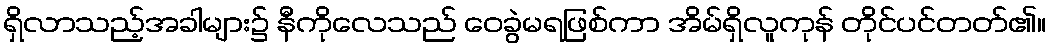
ရှိလာသည့်အခါများ၌ နီကိုလေသည် ဝေခွဲမရဖြစ်ကာ အိမ်ရှိလူကုန် တိုင်ပင်တတ်၏။